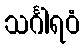
သင်္ဂါရဝံ